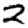
Digit: 2